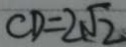
C D = 2 \sqrt { 2 }